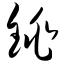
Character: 铫